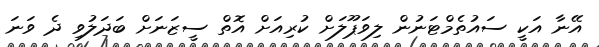
އޭނާ އަކީ ސައުތެމްޓަނުން ލިވަޕޫލަށް ކުރިއަށް އޮތް ސީޒަނަށް ބަދަލުވި ދެ ވަނަ